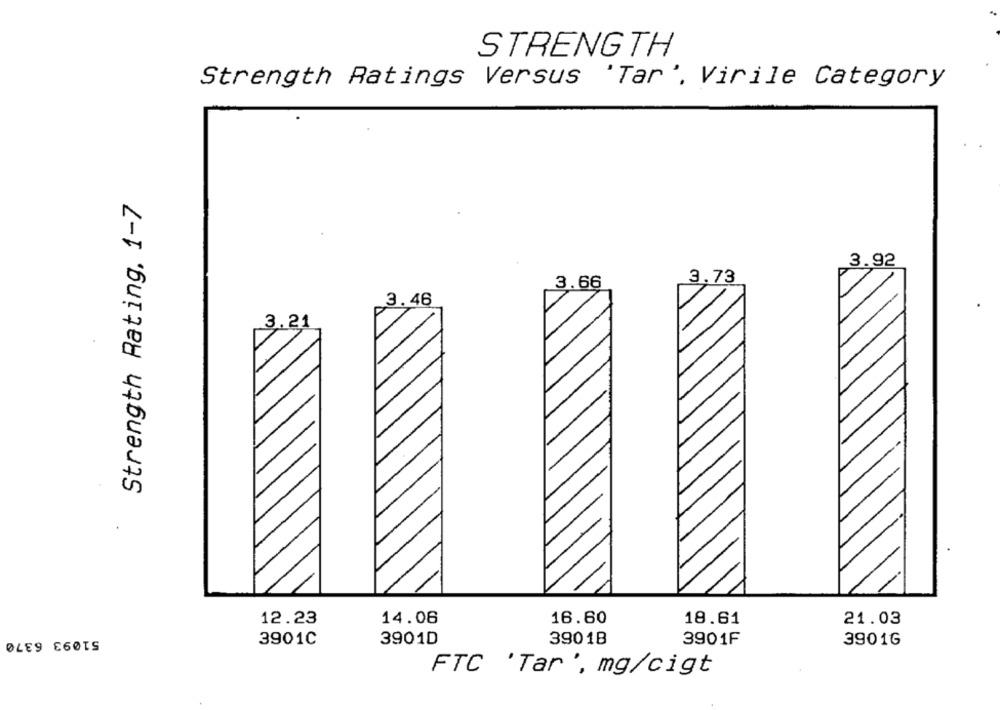
STRENGTH
Strength Ratings Versus 'Tar', Virile Category
Strength Rating, 1-7
3.92
3.73
3.66
3.46
3.21
12.23
14.06
16.60
18.61
21.03
51093 6370
3901C
3901D
39018
3901F
3901G
FTC 'Tar', mg/cigt